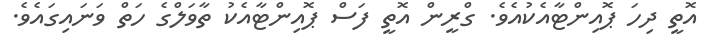
އޮތީ ދިހަ ޕޮއިންޓާއެކުއެވެ. ގްރީން އޮތީ ފަސް ޕޮއިންޓާއެކު ތާވަލްގެ ހަތް ވަނައިގައެވެ.